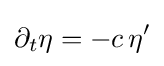
\partial _{t}\eta =-c\,\eta '